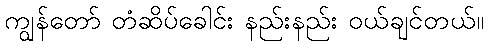
ကျွန်တော် တံဆိပ်ခေါင်း နည်းနည်း ဝယ်ချင်တယ်။